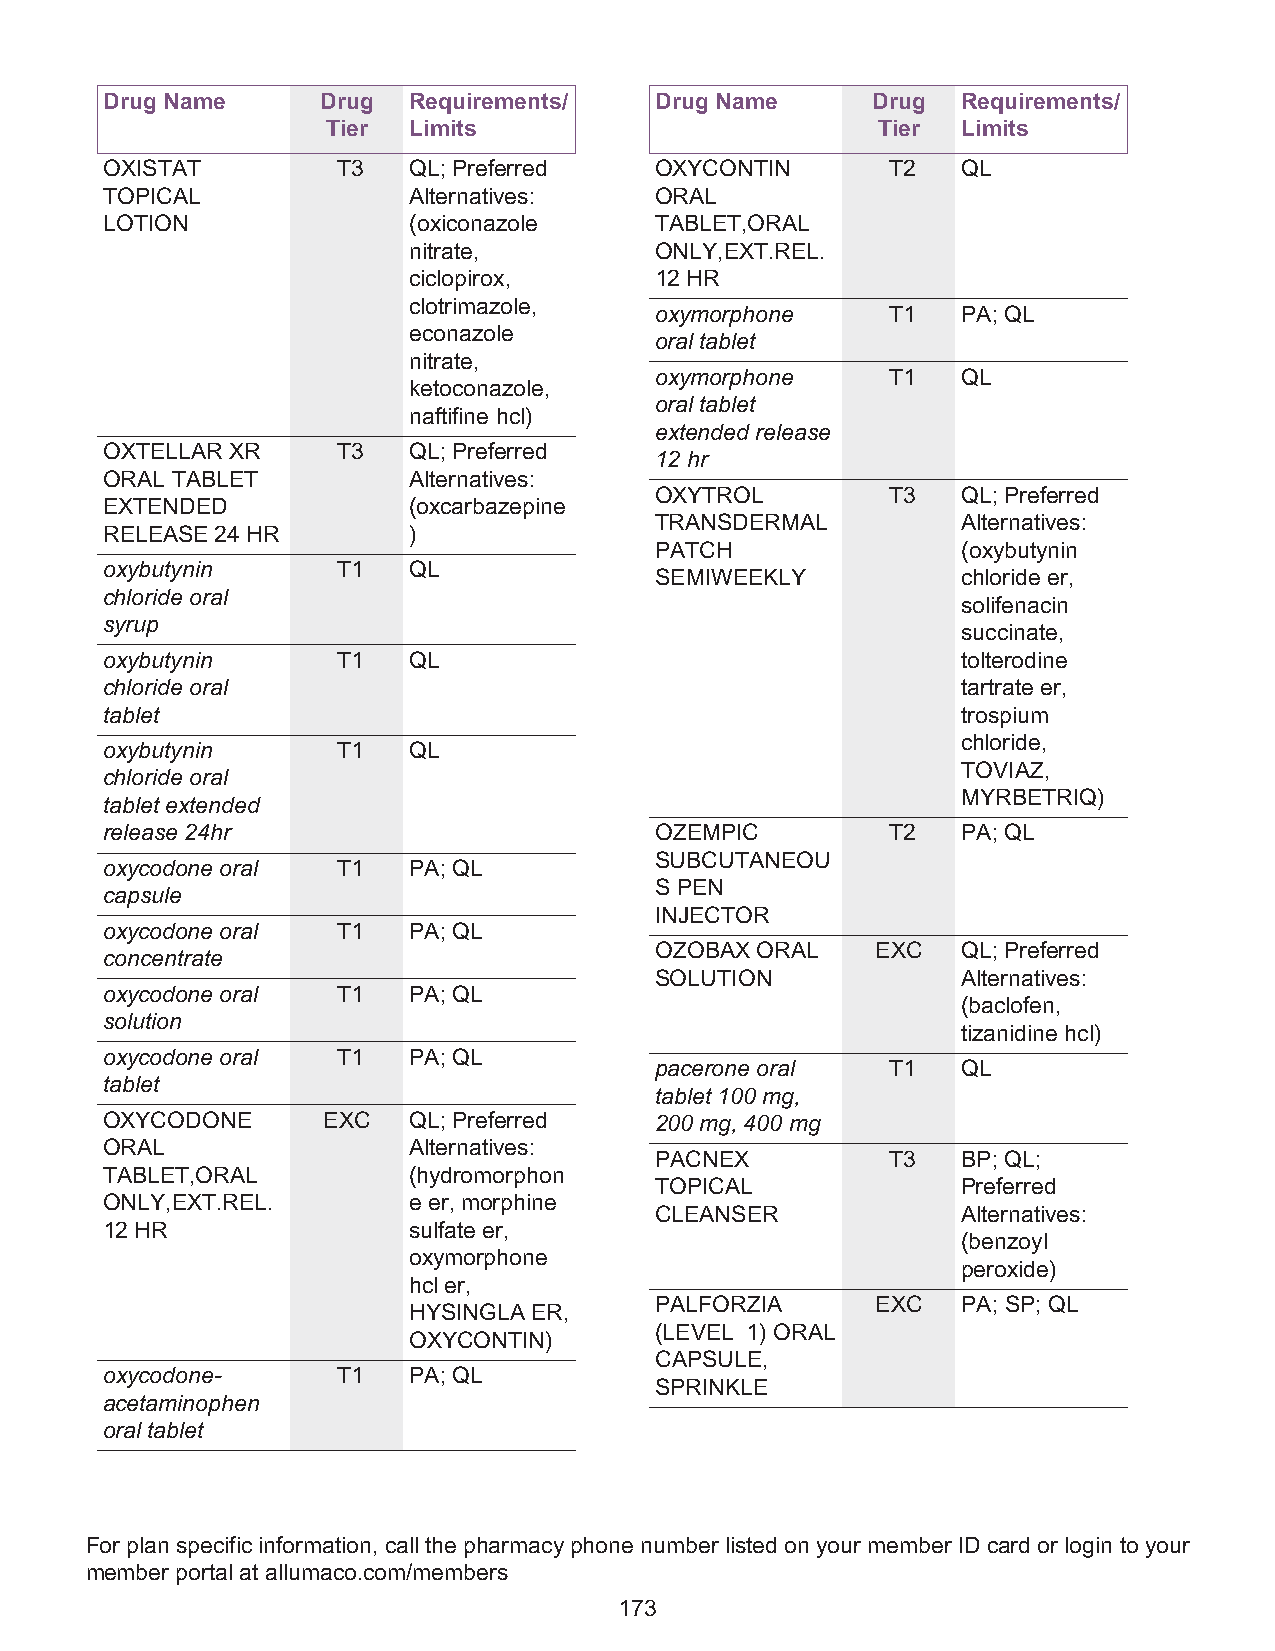
Drug Name     Drug  Requirements/   Drug Name      Drug  Requirements/
 Tier Limits                         Tier  Limits
 OXISTAT        T3   QL; Preferred   OXYCONTIN       T2   QL
 TOPICAL             Alternatives:   ORAL
 LOTION              (oxiconazole    TABLET,ORAL
 nitrate,        ONLY,EXT.REL.
 ciclopirox,     12 HR
 clotrimazole,
 oxymorphone     T1   PA; QL
 econazole
 oral tablet
 nitrate,
 oxymorphone     T1   QL
 ketoconazole,
 oral tablet
 naftifine hcl)
 extended release
 OXTELLAR XR    T3   QL; Preferred
 12 hr
 ORAL TABLET         Alternatives:
 OXYTROL         T3   QL; Preferred
 EXTENDED            (oxcarbazepine
 TRANSDERMAL          Alternatives:
 RELEASE 24 HR       )
 PATCH                (oxybutynin
 oxybutynin     T1   QL
 SEMIWEEKLY           chloride er,
 chloride oral
 solifenacin
 syrup
 succinate,
 oxybutynin     T1   QL                                   tolterodine
 chloride oral                                            tartrate er,
 tablet                                                   trospium
 chloride,
 oxybutynin     T1   QL
 TOVIAZ,
 chloride oral
 MYRBETRIQ)
 tablet extended
 release 24hr                        OZEMPIC         T2   PA; QL
 SUBCUTANEOU
 oxycodone oral T1   PA; QL
 S PEN
 capsule
 INJECTOR
 oxycodone oral T1   PA; QL
 OZOBAX ORAL    EXC   QL; Preferred
 concentrate
 SOLUTION             Alternatives:
 oxycodone oral T1   PA; QL
 (baclofen,
 solution
 tizanidine hcl)
 oxycodone oral T1   PA; QL
 pacerone oral   T1   QL
 tablet
 tablet 100 mg,
 OXYCODONE     EXC   QL; Preferred   200 mg, 400 mg
 ORAL                Alternatives:
 PACNEX          T3   BP; QL;
 TABLET,ORAL         (hydromorphon
 TOPICAL              Preferred
 ONLY,EXT.REL.       e er, morphine
 CLEANSER             Alternatives:
 12 HR               sulfate er,
 (benzoyl
 oxymorphone
 peroxide)
 hcl er,
 PALFORZIA      EXC   PA; SP; QL
 HYSINGLA ER,
 (LEVEL 1) ORAL
 OXYCONTIN)
 CAPSULE,
 oxycodone-     T1   PA; QL
 SPRINKLE
 acetaminophen
 oral tablet
 For plan specific information, call the pharmacy phone number listed on your member ID card or login to your
 member portal at allumaco.com/members
 173